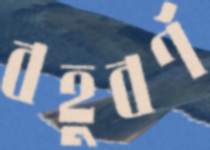
বহুবর্ণ